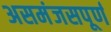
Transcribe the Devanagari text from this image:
असमंजसपूर्ण